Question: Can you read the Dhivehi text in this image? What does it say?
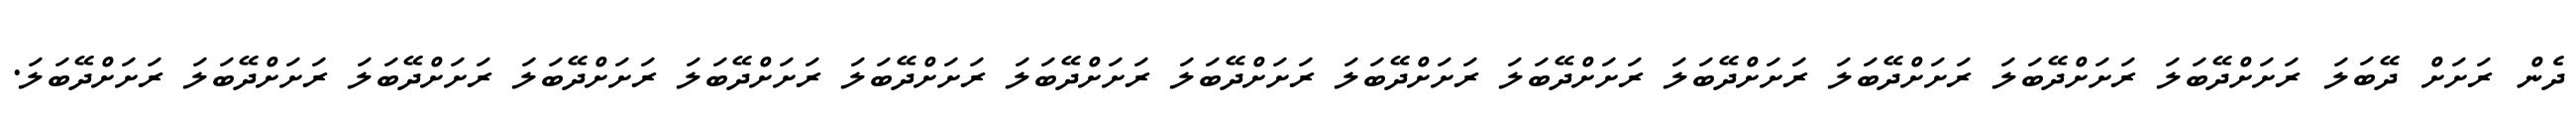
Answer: ދެން ރަށަށް ދޭބަލަ ރަށަށްދޭބަލަ ރަށަށްދޭބަލަ ރަށަށްދޭބަލަ ރަށަށްދޭބަލަ ރަށަށްދޭބަލަ ރަށަށްދޭބަލަ ރަށަށްދޭބަލަ ރަށަށްދޭބަލަ ރަށަށްދޭބަލަ ރަށަށްދޭބަލަ ރަށަށްދޭބަލަ ރަށަށްދޭބަލަ ރަށަށްދޭބަލަ ރަށަށްދޭބަލަ.